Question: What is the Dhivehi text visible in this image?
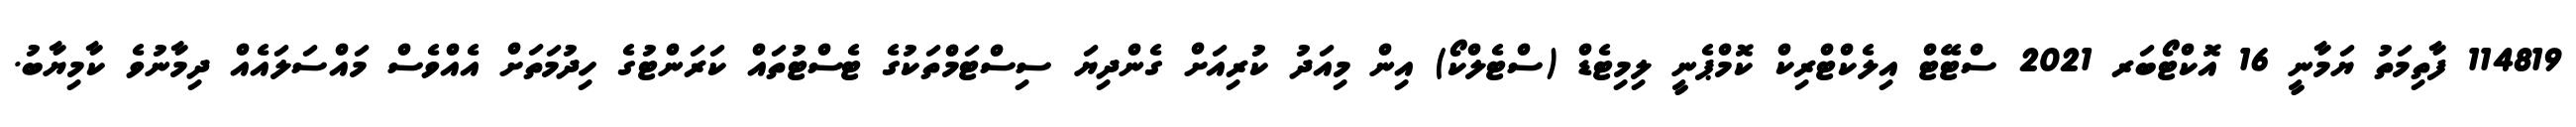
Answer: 114819 ފާތިމަތު ޔަމާނީ 16 އޮކްޓޯބަރ 2021 ސްޓޭޓް އިލެކްޓްރިކް ކޮމްޕެނީ ލިމިޓެޑް (ސްޓެލްކޯ) އިން މިއަދު ކުރިއަށް ގެންދިޔަ ސިސްޓަމްތަކުގެ ޓެސްޓުތައް ކަރަންޓުގެ ހިދުމަތަށް އެއްވެސް މައްސަލައެއް ދިމާނުވެ ކާމިޔާބު.